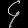
Digit: ၄